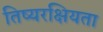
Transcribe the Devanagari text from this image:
तिष्यरक्षियता